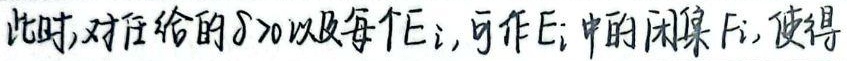
此时,对任给的\(\delta>0\)以及每个\(E_i\),可作\(E_i\)中的闭集\(F_i\),使得